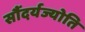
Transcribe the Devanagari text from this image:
सौंदर्यज्योति